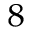
^ 8